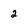
Character: 2